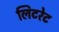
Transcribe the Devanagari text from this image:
लिटरेट